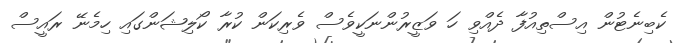
ކެބިނެޓުން އިސްތިއުފާ ދެއްވި ހަ ވަޒީރުންނަކީވެސް ވެރިކަން ކުރާ ކޯލިޝަންގައި ހިމެނޭ ރައީސް